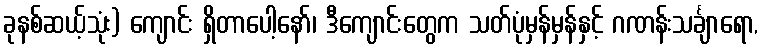
ခုနစ်ဆယ့်သုံး) ကျောင်း ရှိတာပေါ့နော်၊ ဒီကျောင်းတွေက သတ်ပုံမှန်မှန်နှင့် ဂဏန်းသင်္ချာရော,